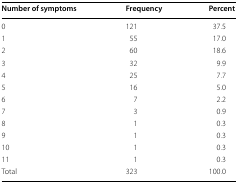
| Number of symptoms | Frequency | Percent |
 | --- | --- | --- |
 | 0 | 121 | 37.5 |
 | 1 | 55 | 17.0 |
 | 2 | 60 | 18.6 |
 | 3 | 32 | 9.9 |
 | 4 | 25 | 7.7 |
 | 5 | 16 | 5.0 |
 | 6 | 7 | 2.2 |
 | 7 | 3 | 0.9 |
 | 8 | 1 | 0.3 |
 | 9 | 1 | 0.3 |
 | 10 | 1 | 0.3 |
 | 11 | 1 | 0.3 |
 | Total | 323 | 100.0 |